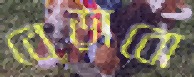
বেড়াবো